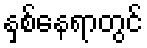
နှစ်နေရာတွင်